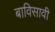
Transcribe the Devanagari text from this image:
बाविसावी